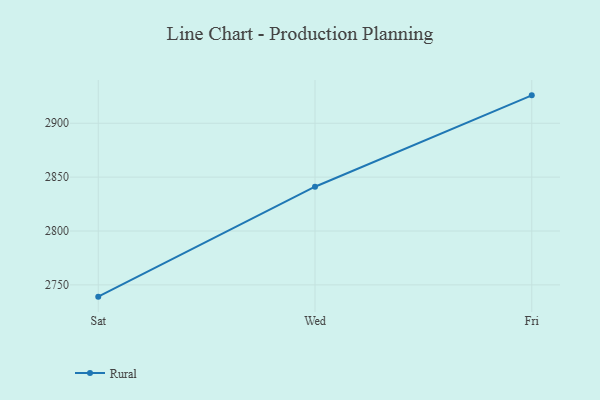
{"axis": {"x": "Day", "y": "Net Income (USD K)"}, "legend": ["Rural"], "data": [{"x": "Sat", "y": 2739.1, "type": "Rural"}, {"x": "Wed", "y": 2841.1, "type": "Rural"}, {"x": "Fri", "y": 2925.9, "type": "Rural"}]}